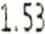
1.53